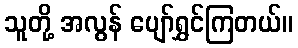
သူတို့ အလွန် ပျော်ရွှင်ကြတယ်။